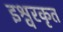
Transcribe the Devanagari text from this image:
इश्वरकृत